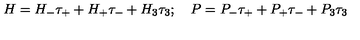
H = H _ { - } \tau _ { + } + H _ { + } \tau _ { - } + H _ { 3 } \tau _ { 3 } ; \quad P = P _ { - } \tau _ { + } + P _ { + } \tau _ { - } + P _ { 3 } \tau _ { 3 }